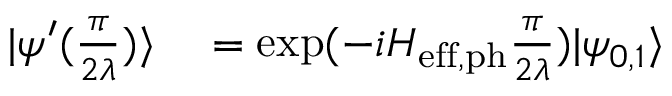
\begin{array} { r l } { | \psi ^ { \prime } ( \frac { \pi } { 2 \lambda } ) \rangle } & { { } = \mathrm { e x p } ( - i H _ { \mathrm { e f f , p h } } \frac { \pi } { 2 \lambda } ) | \psi _ { 0 , 1 } \rangle } \end{array}